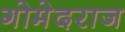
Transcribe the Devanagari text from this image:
गोमेदराज